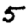
Digit: 5